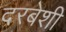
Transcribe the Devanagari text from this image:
दरबेशी